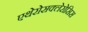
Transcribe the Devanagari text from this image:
एथेरोसक्लेरोसिस